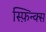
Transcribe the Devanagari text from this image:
स्फ़िन्क्स